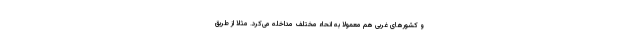
و کشورهای غربی هم معمولا به انحاء مختلف مداخله می‌کرد. مثلا از طریق